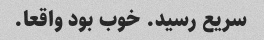
سریع رسید. خوب بود واقعا.